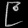
Digit: ၉